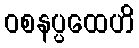
ဝစနပ္ပထေဟိ